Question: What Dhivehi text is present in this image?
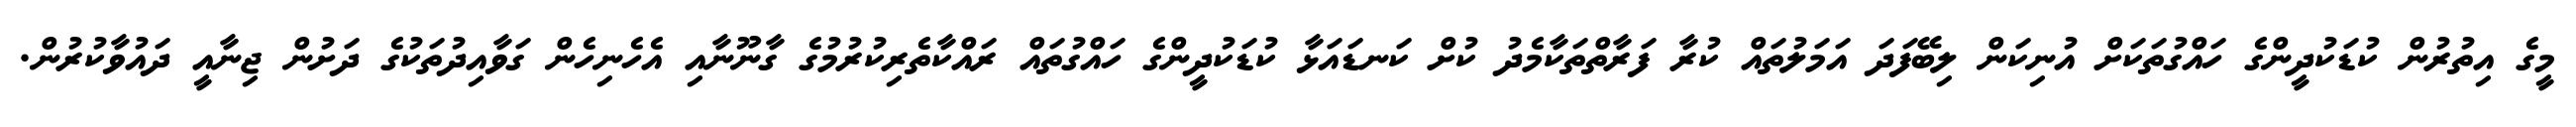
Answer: މީގެ އިތުރުން ކުޑަކުދީންގެ ހައްގުތަކަށް އުނިކަން ލިބޭފަދަ އަމަލުތައް ކުރާ ފަރާތްތަކާމެދު ކުށް ކަނޑައަޅާ ކުޑަކުދީންގެ ހައްގުތައް ރައްކާތެރިކުރުމުގެ ގާނޫނާއި އެހެނިހެން ގަވާއިދުތަކުގެ ދަށުން ޖިނާއީ ދައުވާކުރުން.